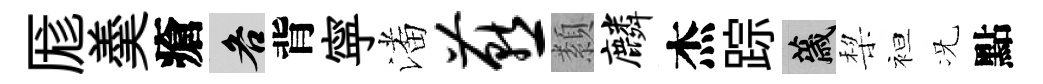
厖羮瘡各背寜潘燕纇麟杰踪薉棃袒况點